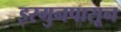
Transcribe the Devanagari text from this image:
इरगुनपासून